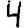
Digit: 4